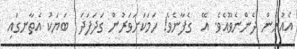
އެއުރެން ދެންނެވޫއެވެ. އޭ  ގެފާނެވެ! ހަމަކަށަވަރުން ގަދަފަދަ  ބަޔަކު އެތާނގައި